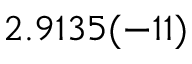
2 . 9 1 3 5 ( - 1 1 )